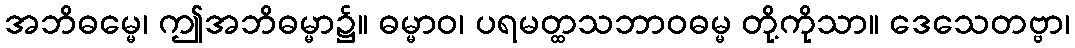
အဘိဓမ္မေ၊ ဤအဘိဓမ္မာ၌။ ဓမ္မာဝ၊ ပရမတ္ထသဘာဝဓမ္မ တို့ကိုသာ။ ဒေသေတဗ္ဗာ၊